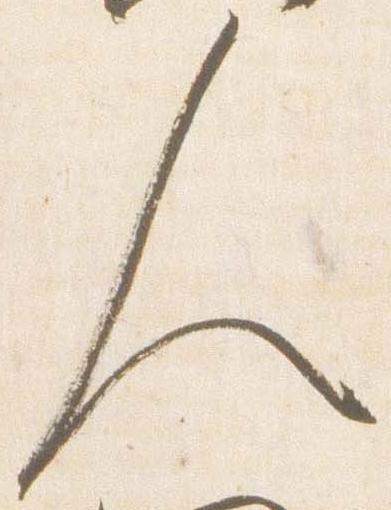
人